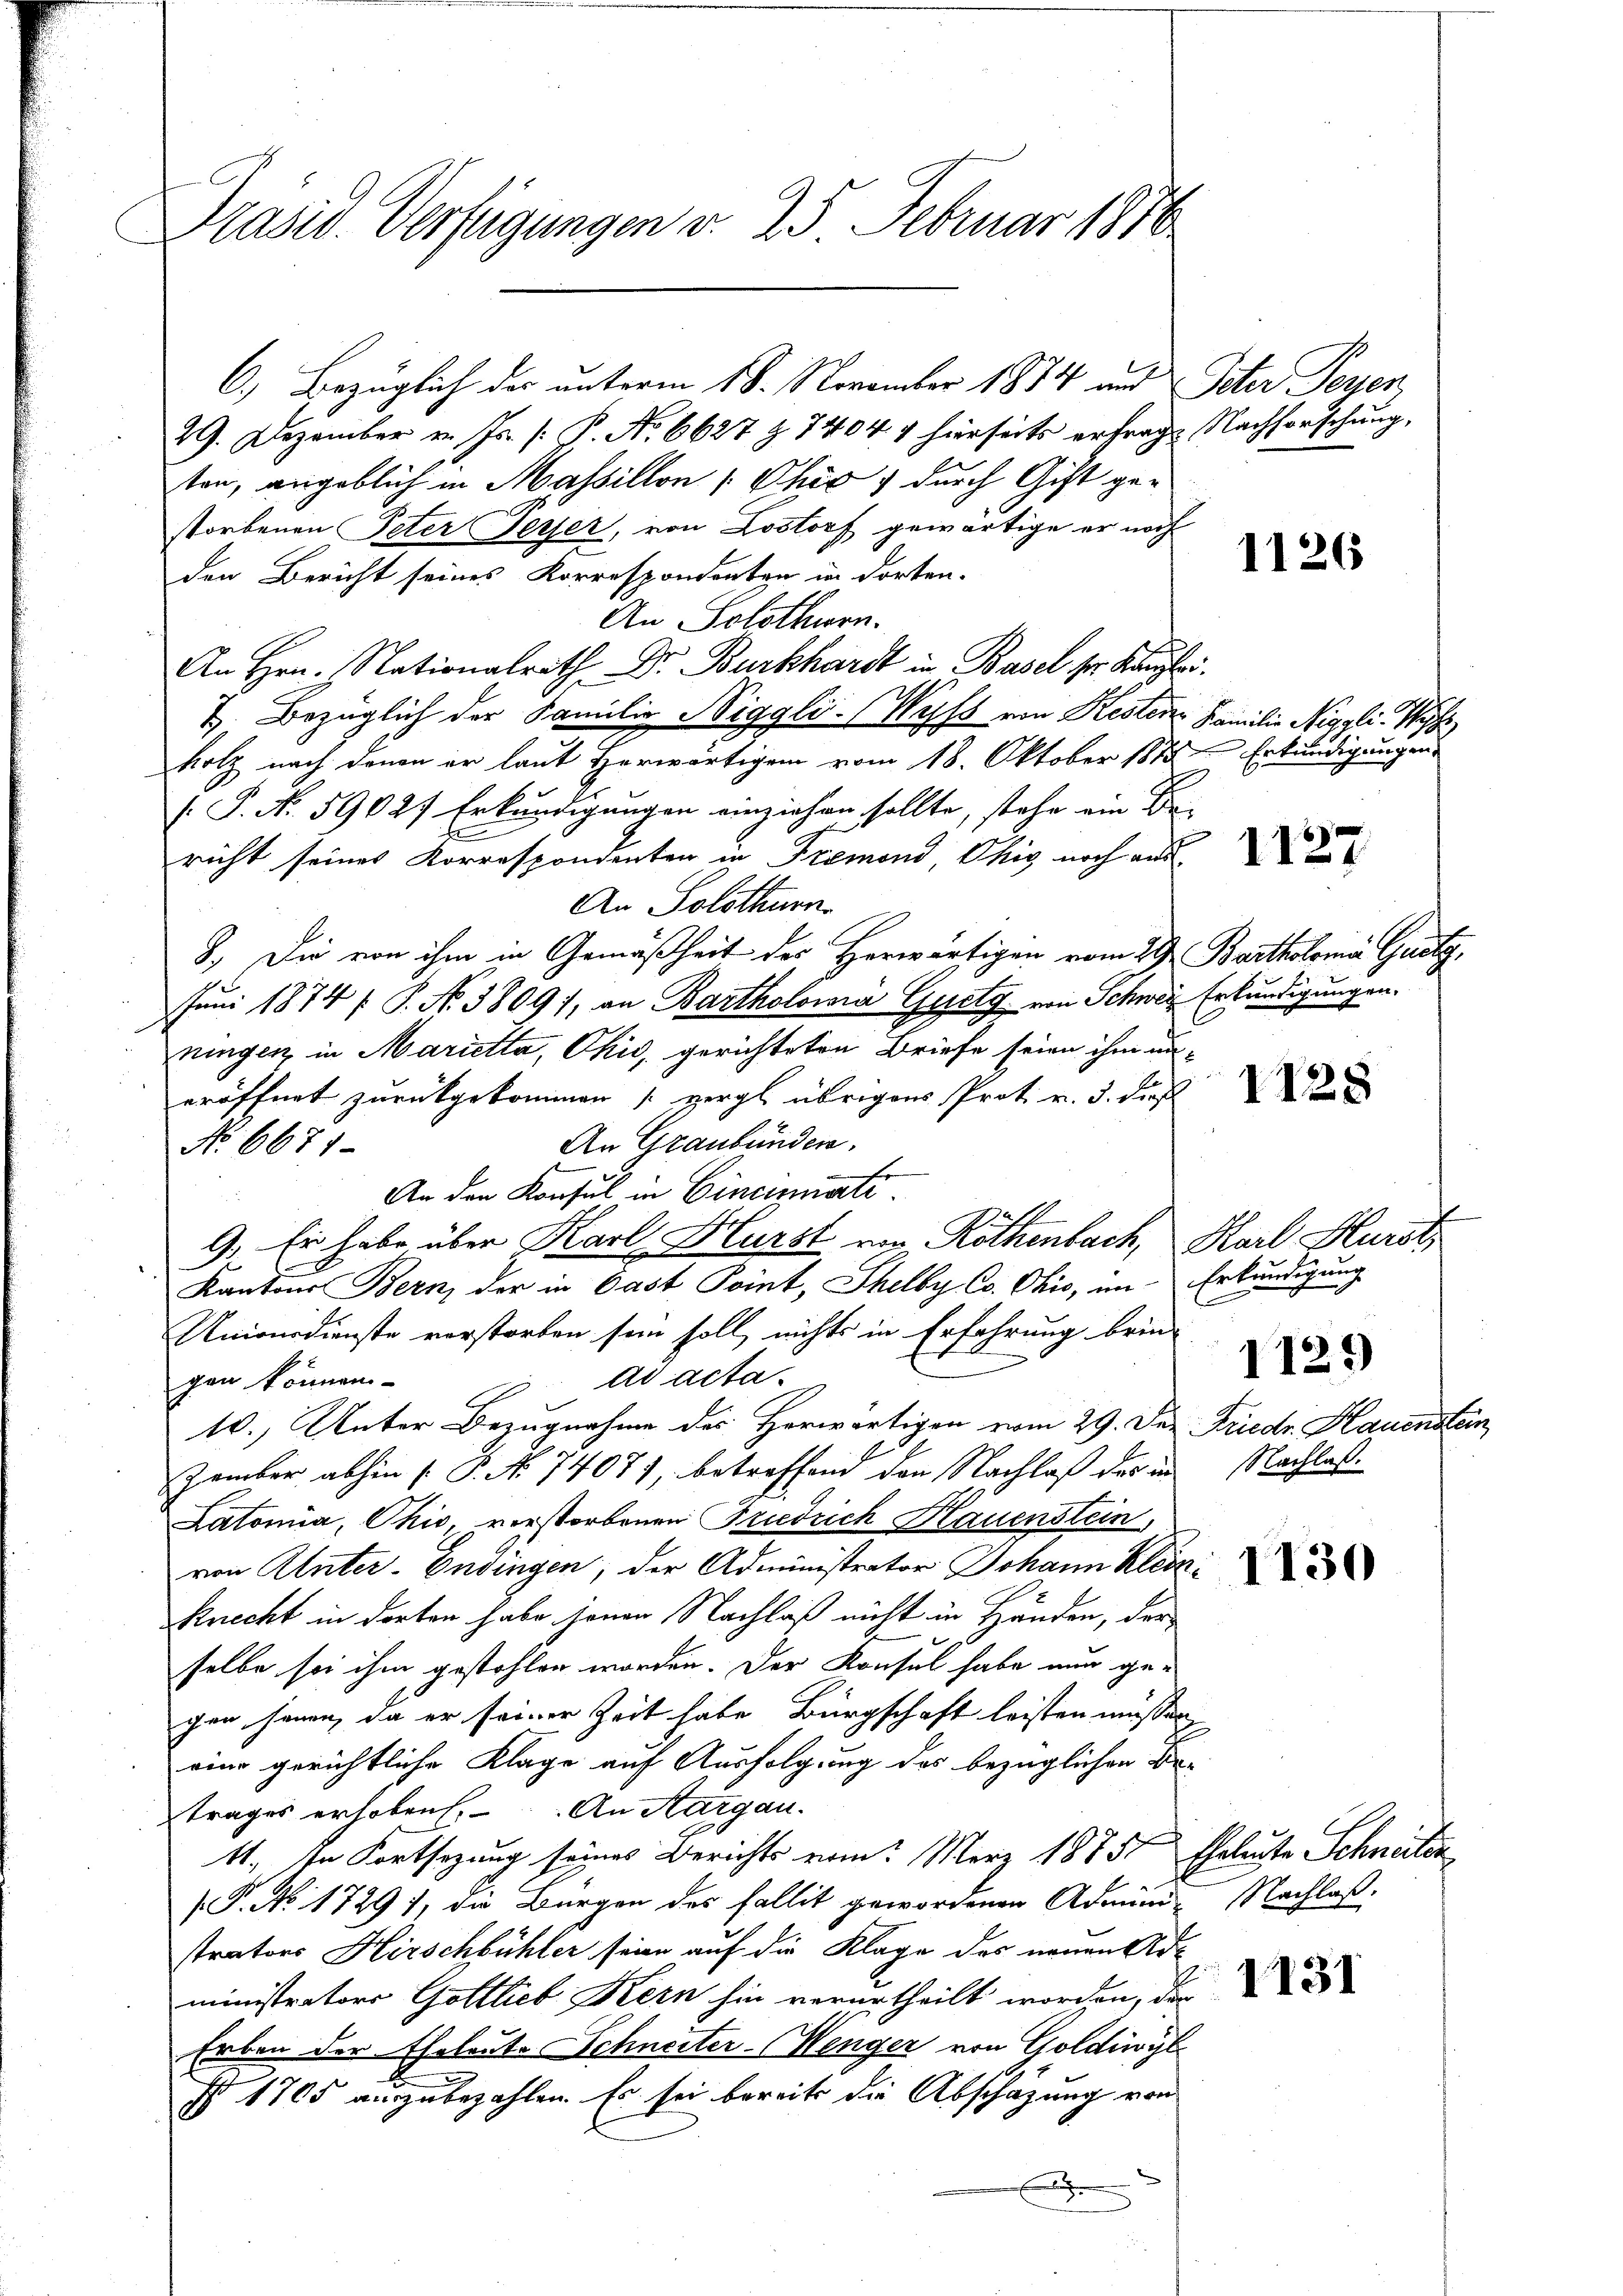
e

29. Dezember v. Js. (: P. No. 6627 § 7404 x hierseits erfragt. Nachforschung,
ten, angeblich in Massillon 1 Ohio, durch Gift gestorbenen Peter Perfer, von Lostorf gewärtige er noch
den Bericht seines Korrespondenten in dorten-
An Solothurn.
An Hrn. Nationalrath Dr. Burkhardt in Basel ser Kanzlei.
& Bezüglich der Familie Wiggli-Wyss von Kesten Familie Niggli, Wys
holz nach denen er laut Herwärtigen vom 18. Oktober 1878 Erkundigungen
(P. No. 59027 Erkundigungen einziehen sollte, stehe ein B
richt seines Korrespondenten in Fremond Okig noch aus-
An Solothurn.
8.) Die von ihm in Gemäßheit des Herwärtigen vom 29. Bartholomar Gusty
Juni 1874 / P. No 3809/, an Bartholomá Guetg, von Schwere Erkundigungen.
ningen in Marietta, Ohio, gerichteten Briefe seien ihm un-
eröffnet zurückgekommen (vergl. übrigens Prot. v. 3. dieß
An Graubünden.
No 6671
An den Konsul in Cincinati
9. Er habe über Karl Hurst am Röthenbach, Karl Hlurst
Kantons Bern, der in Cast Point, Thelby Co. Ohio, im Erbändigung
Unionsdienste vorstorben sein soll, nichts in Erfahrung brin-
ad actagen können.
10. Unter Bezugnahme des Herwärtigen vom 29. Der Friedr. Hauensten,
Zember abhin (P. No 7407), betreffend den Nachlaß des in Nachlaß¬
Latonia, Ohio, verstorbenen Friedrich Hauenstein,
von Unter-Endingen, der Administrator Johann Klein
Knecht in dorten habe jenen Nachlaß nicht in Händen, der
selbe sei ihm gestohlen worden. Der Konsul habe nur ge-
gen hanen, da er seiner Zeit habe Bürgschaft leisten müssen
eine gerichtliche Klage auf Ausfolgung des bezüglichen Betrages erhoben. An Aargau.
11., In Fortsetzung seines Berichts vom Merz 1875. Eheleute Schneiten
.P. No. 17291, die Bürgen des Fallit gewordenen Admini Nachlaß.
strators Hirschbühler seien auf die Klage des neuen Administrators Gottlieb Kern hin verurtheilt worden, der
Erben der Eheleute Schneiter-Wenger von Goldiwyl
I 1705 auszubezahlen. Es sei bereits die Abschäzung von
x

Präsid. Verfügungen v. 25 Februar 1876

6.) Bezüglich der unterm 18. November 1874 und Peter Peyen,

1126

1127

1128

1129

1131